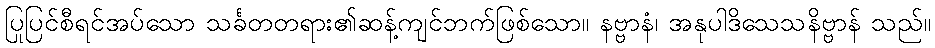
ပြုပြင်စီရင်အပ်သော သင်္ခတတရား၏ဆန့်ကျင်ဘက်ဖြစ်သော။ နဗ္ဗာနံ၊ အနုပါဒိသေသနိဗ္ဗာန် သည်။